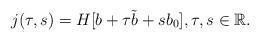
LaTeX: \begin{align*}j(\tau,s)=H[b+\tau \tilde{b}+sb_0],\tau,s\in \mathbb{R}.\end{align*}